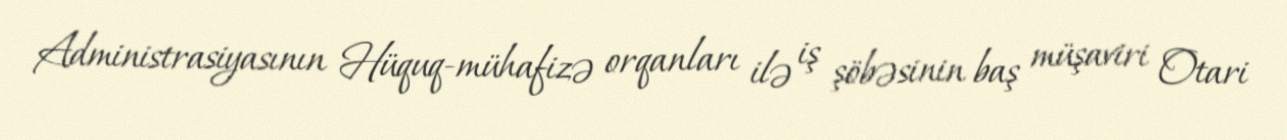
Administrasiyasının Hüquq-mühafizə orqanları ilə iş şöbəsinin baş müşaviri Otari